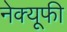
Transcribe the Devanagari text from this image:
नेक्यूफी